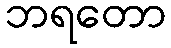
ဘရတော